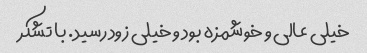
خیلی عالی و خوشمزه بود و خیلی زود رسید. با تشکر